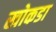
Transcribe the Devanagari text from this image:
खोकडा